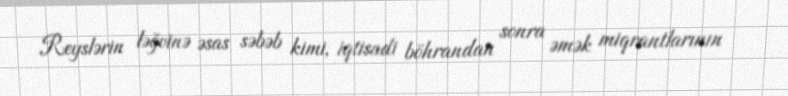
Reyslərin ləğvinə əsas səbəb kimi, iqtisadi böhrandan sonra əmək miqrantlarının